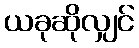
ယခုဆိုလျှင်